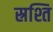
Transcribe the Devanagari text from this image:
स्रश्ति